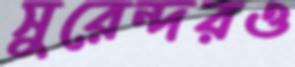
সুরেন্দরও